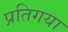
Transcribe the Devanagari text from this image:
प्रतिगया